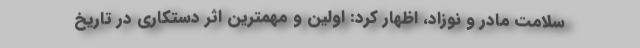
سلامت مادر و نوزاد، اظهار کرد: اولین و مهمترین اثر دستکاری در تاریخ